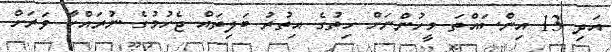
އަދި 13 އިންސައްތަ މީހުންނަށް ހިތުގެ އިތުރު ބަލިތައް ޖެހުމުގެ ނުރައްކާ ވަރަށް